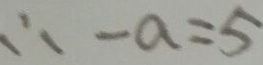
\therefore - a = 5